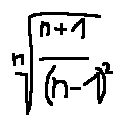
\sqrt [ n ] { \frac { n + 1 } { ( n - 1 ) ^ { 2 } } }